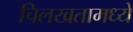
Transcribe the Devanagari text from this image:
चिलखतामध्ये